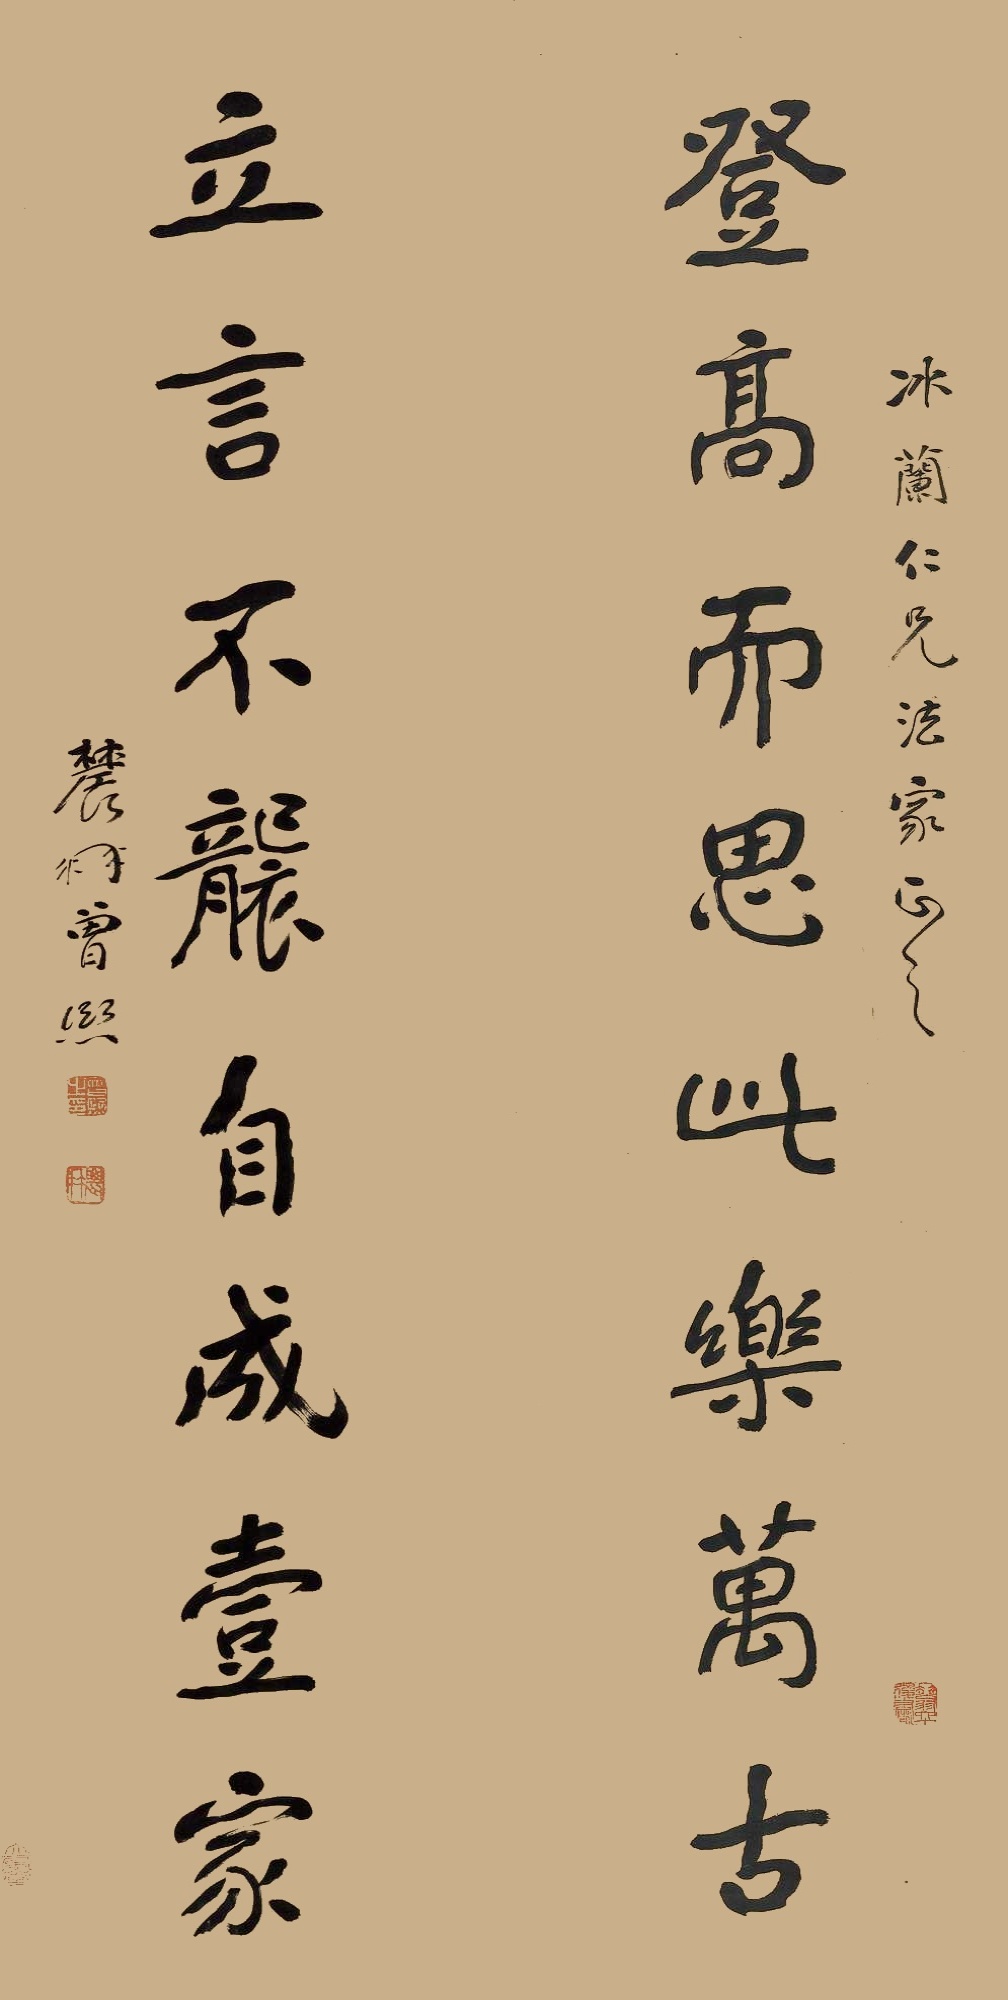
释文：登高而思此乐万古，立言不袭自成壹家。冰兰仁兄法家正之。农髯曾熙。